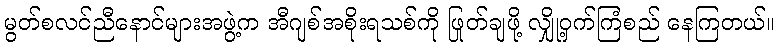
မွတ်စလင်ညီနောင်များအဖွဲ့က အီဂျစ်အစိုးရသစ်ကို ဖြုတ်ချဖို့ လျှို့ဝှက်ကြံစည် နေကြတယ်။